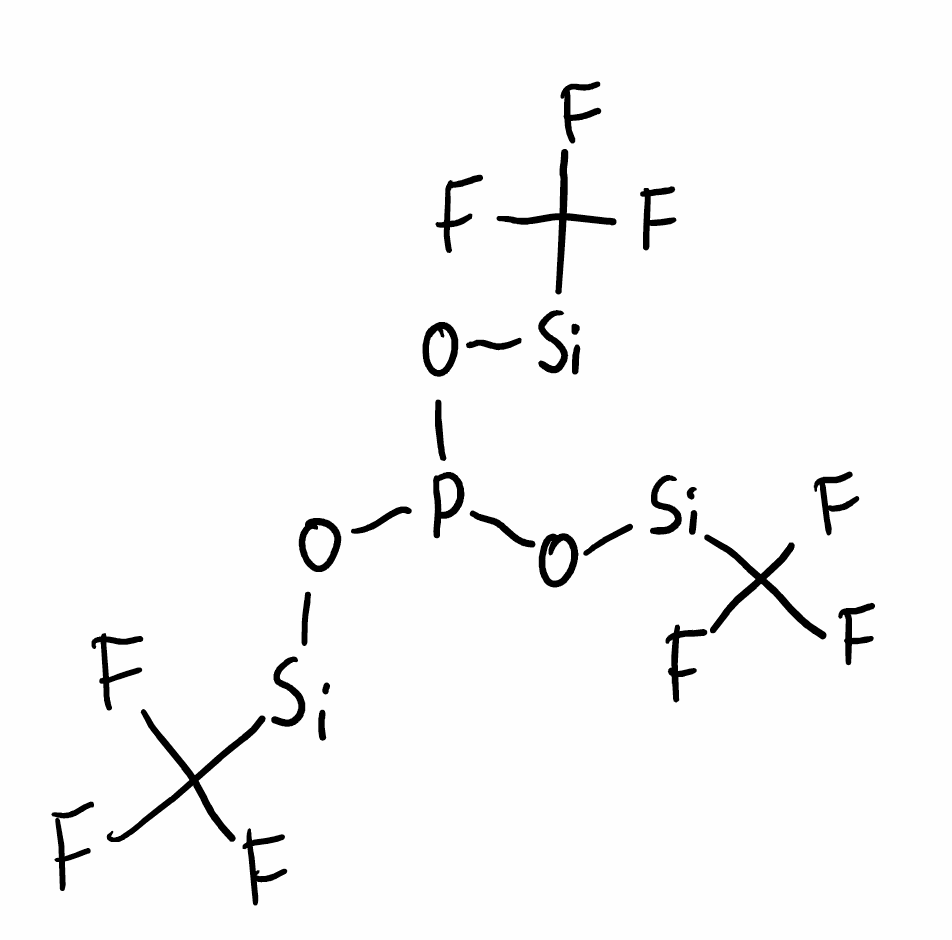
Simplified molecular-input line-entry system (SMILES) notation of the given molecule:
C(F)(F)(F)[Si]OP(O[Si]C(F)(F)F)O[Si]C(F)(F)F